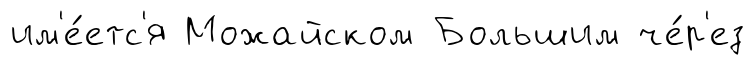
им'е́етс'я Можайском Большим че́р'ез